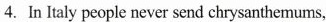
4.In Italy people never send chrysanthemums,